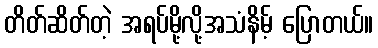
တိတ်ဆိတ်တဲ့ အရပ်မို့လို့အသံနိမ့် ပြောတယ်။